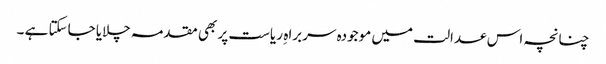
چنانچہ اس عدالت میں موجودہ سربراہ ِ ریاست پر بھی مقدمہ چلایا جاسکتا ہے ۔